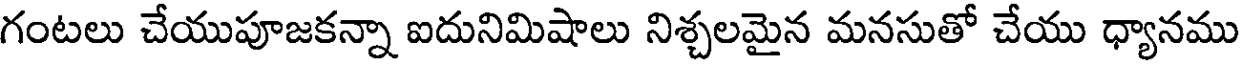
గంటలు చేయుపూజకన్నా ఐదునిమిషాలు నిశ్చలమైన మనసుతో చేయు ధ్యానము